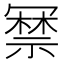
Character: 𭂃